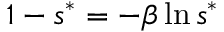
1 - s ^ { * } = - \beta \ln { s ^ { * } }